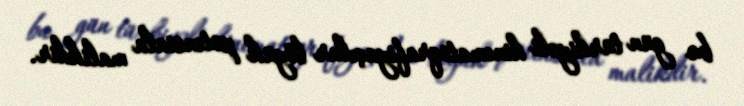
bu gün türkiyəli kinematoqrafiyaçılar böyük potensiala malikdir.